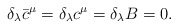
\begin{align*}\delta_\lambda \bar{c}^\mu = \delta_\lambda c^\mu = \delta_\lambda B = 0.\end{align*}